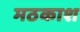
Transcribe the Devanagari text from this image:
मठकाश